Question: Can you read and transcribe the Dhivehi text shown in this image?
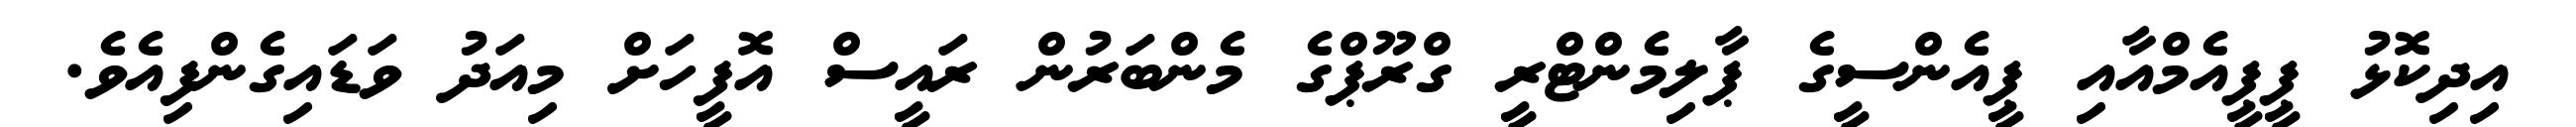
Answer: އިދިކޮޅު ޕީޕީއެމްއާއި ޕީއެންސީގެ ޕާލިމެންޓްރީ ގްރޫޕްގެ މެންބަރުން ރައީސް އޮފީހަށް މިއަދު ވަޑައިގެންފިއެވެ.